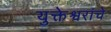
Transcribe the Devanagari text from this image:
युक्तेश्वरांचे